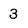
Character: 3